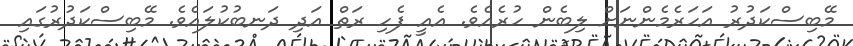
މޭބިސްކަދުރު އަހަރެމެންނަށް ލިބެން ހުރެއެވެ. އެއީ ފެހި ރަތް އަދި ދަނބުކުލައެވެ. މޭބިސްކަދުރުގައި